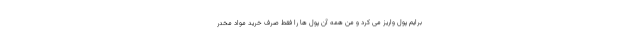
برایم پول واریز می کرد و من همه آن پول ها را فقط صرف خرید مواد مخدر